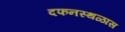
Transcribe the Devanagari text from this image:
दफनस्थळास